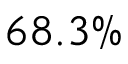
6 8 . 3 \%